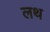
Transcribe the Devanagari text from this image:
लथ